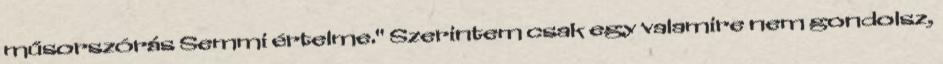
műsorszórás Semmi értelme." Szerintem csak egy valamire nem gondolsz,